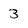
Character: 3